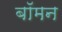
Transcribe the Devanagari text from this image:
बॉमन